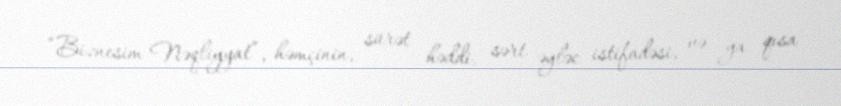
“Biznesim Nəqliyyat”, həmçinin, sürət həddi, sərt əyləc istifadəsi, və ya qısa